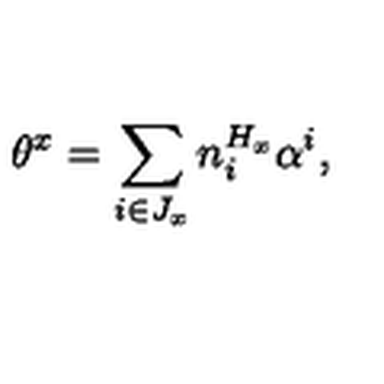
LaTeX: \theta ^ { x } = \sum _ { i \in J _ { x } } n _ { i } ^ { H _ { x } } \alpha ^ { i } ,